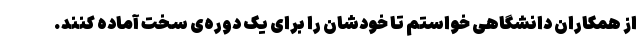
از همکاران دانشگاهی خواستم تا خودشان را برای یک دوره‌ی سخت آماده کنند.